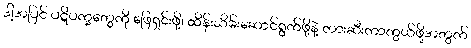
ဒါ့အပြင် ပဋိပက္ခတွေကို ဖြေရှင်းဖို့၊ ထိန်းသိမ်းဆောင်ရွက်ဖို့နဲ့ တားဆီးကာကွယ်ဖို့အတွက်